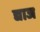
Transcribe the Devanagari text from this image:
द्याज